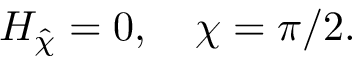
H _ { \hat { \chi } } = 0 , \quad \chi = \pi / 2 .